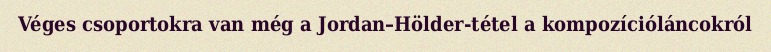
Véges csoportokra van még a Jordan–Hölder-tétel a kompozícióláncokról